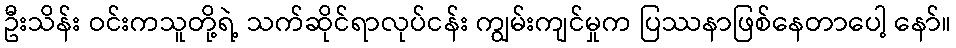
ဦးသိန်း ဝင်းကသူတို့ရဲ့ သက်ဆိုင်ရာလုပ်ငန်း ကျွမ်းကျင်မှုက ပြဿနာဖြစ်နေတာပေါ့ နော်။